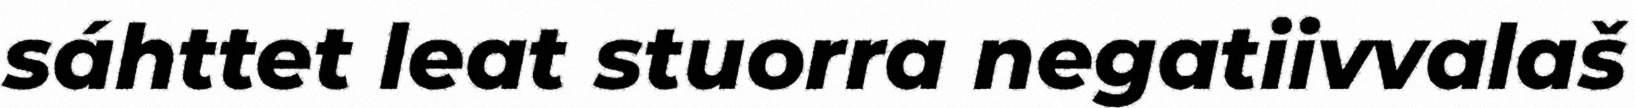
sáhttet leat stuorra negatiivvalaš